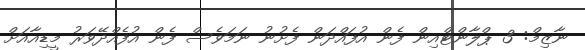
ނާޒިމް: 3 ޕްލާންޓްއިން ފެން އުފައްދަން ފެށުނު ނަމަވެސް ފެން އުފެއްދޭވަރު މީޑިއާއަށް